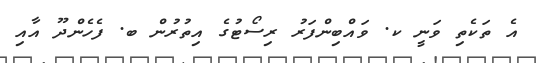
އެ ތަކެތި ވަނީ ކ. ވައްބިންފަރު ރިސޯޓުގެ އިތުރުން ބ. ފެހެންދޫ އާއި